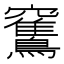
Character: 𥩏